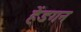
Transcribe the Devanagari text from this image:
हेंडगन